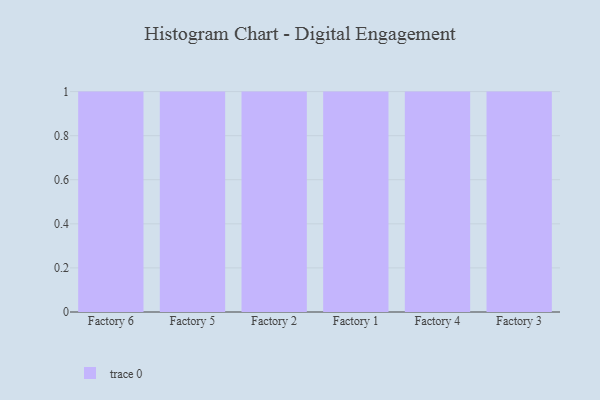
{"axis": {"x": "Factory", "y": "Population (Million)"}, "legend": [""], "data": [{"x": "Factory 6", "y": 11, "type": ""}, {"x": "Factory 5", "y": 93, "type": ""}, {"x": "Factory 2", "y": 72, "type": ""}, {"x": "Factory 1", "y": 12, "type": ""}, {"x": "Factory 4", "y": 57, "type": ""}, {"x": "Factory 3", "y": 54, "type": ""}]}